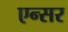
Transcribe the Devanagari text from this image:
एन्सर